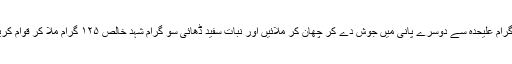
۵ گرام علیحدہ سے دوسرے پانی میں جوش دے کر چھان کر ملائیں اور نبات سفید ڈھائی سو گرام شہد خالص ۱۲۵ گرام ملا کر قوام کریں۔